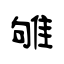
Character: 雊